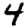
Digit: 4